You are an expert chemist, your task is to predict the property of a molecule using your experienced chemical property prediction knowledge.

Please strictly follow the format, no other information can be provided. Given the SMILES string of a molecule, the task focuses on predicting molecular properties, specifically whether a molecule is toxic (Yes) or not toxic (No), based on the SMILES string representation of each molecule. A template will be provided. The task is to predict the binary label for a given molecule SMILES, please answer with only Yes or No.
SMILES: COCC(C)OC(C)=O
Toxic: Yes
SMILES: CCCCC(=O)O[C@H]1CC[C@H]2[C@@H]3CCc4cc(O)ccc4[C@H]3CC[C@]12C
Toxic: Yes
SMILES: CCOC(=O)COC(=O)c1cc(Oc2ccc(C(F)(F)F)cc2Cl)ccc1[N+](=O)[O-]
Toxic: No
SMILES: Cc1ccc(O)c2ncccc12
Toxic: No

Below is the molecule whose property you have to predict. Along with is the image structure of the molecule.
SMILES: C=CCCCCCCCCOC(C)=O
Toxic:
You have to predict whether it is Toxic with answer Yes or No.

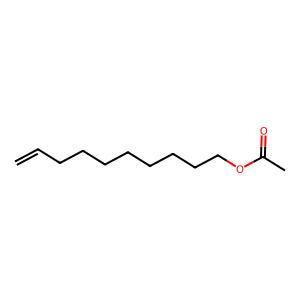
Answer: No